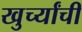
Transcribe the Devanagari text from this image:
खुर्च्यांची